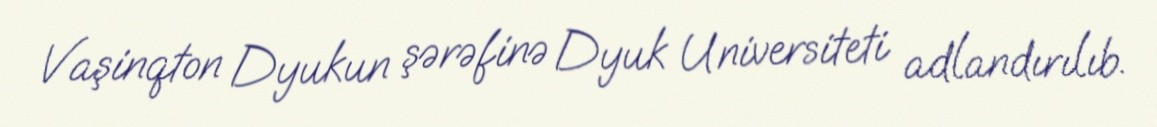
Vaşinqton Dyukun şərəfinə Dyuk Universiteti adlandırılıb.